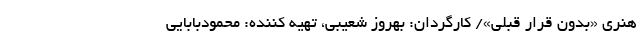
هنری «بدون قرار قبلی»/ کارگردان: بهروز شعیبی، تهیه کننده: محمودبابایی